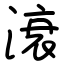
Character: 滖